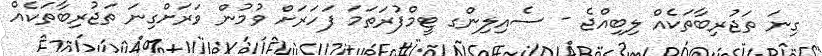
ގިނަ ތަޖުރިބާތަކެއް ލިބިއްޖެ - ސެއިލިންގ ޓީމްފުރަތަމަ ފަހަރަށް ވުމުން ވަރަށްގިނަ ތަޖުރިބާތަކެއް